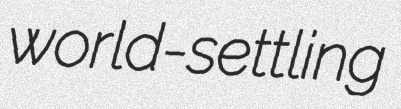
world-settling